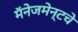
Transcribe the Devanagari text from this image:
मॅनेजमेन्टचे